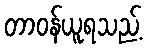
တာဝန်ယူရသည့်